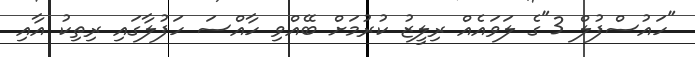
"ހައުސްފުލް 3"ގެ ލަވައެއް ރިލީޒު ކުރުމަށް ބޭއްވި ހާއްސަ ހަފުލާގައި ރިތިކު އާއި